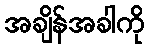
အချိန်အခါကို